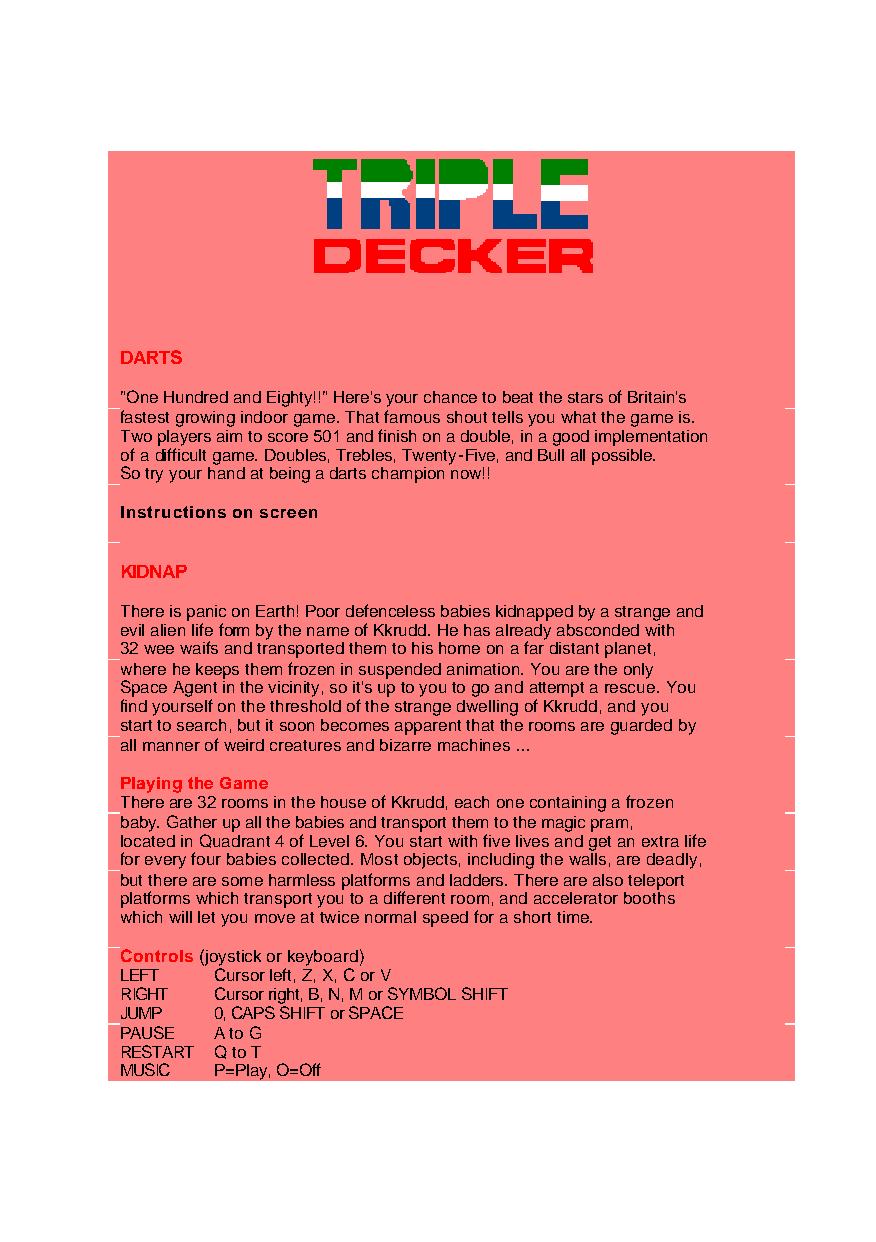
DARTS
 "One Hundred and Eighty!!" Here's your chance to beat the stars of Britain's
 fastest growing indoor game. That famous shout tells you what the game is.
 Two players aim to score 501 and finish on a double, in a good implementation
 of a difficult game. Doubles, Trebles, Twenty-Five, and Bull all possible.
 So try your hand at being a darts champion now!!
 Instructions on screen
 KIDNAP
 There is panic on Earth! Poor defenceless babies kidnapped by a strange and
 evil alien life form by the name of Kkrudd. He has already absconded with
 32 wee waifs and transported them to his home on a far distant planet,
 where he keeps them frozen in suspended animation. You are the only
 Space Agent in the vicinity, so it's up to you to go and attempt a rescue. You
 find yourself on the threshold of the strange dwelling of Kkrudd, and you
 start to search, but it soon becomes apparent that the rooms are guarded by
 all manner of weird creatures and bizarre machines ...
 Playing the Game
 There are 32 rooms in the house of Kkrudd, each one containing a frozen
 baby. Gather up all the babies and transport them to the magic pram,
 located in Quadrant 4 of Level 6. You start with five lives and get an extra life
 for every four babies collected. Most objects, including the walls, are deadly,
 but there are some harmless platforms and ladders. There are also teleport
 platforms which transport you to a different room, and accelerator booths
 which will let you move at twice normal speed for a short time.
 Controls (joystick or keyboard)
 LEFT  Cursor left, Z, X, C or V
 RIGHT Cursor right, B, N, M or SYMBOL SHIFT
 JUMP  0, CAPS SHIFT or SPACE
 PAUSE A to G
 RESTART Q to T
 MUSIC P=Play, O=Off